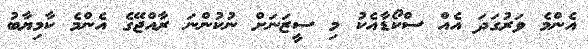
އެންމެ ވަރުގަދަ އެއް ސްކޯޑާއެކު މި ސީޒަނަށް ނުކުންނަ ރާއްޖޭގެ އެންމެ ކާމިޔާބު